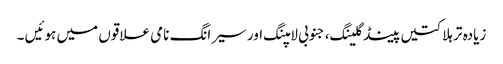
زیادہ تر ہلاکتیں پینڈگلینگ، جنوبی لامپنگ اور سیرانگ نامی علاقوں میں ہوئیں ۔